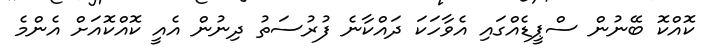
ކޮއްކޮ ބޭނުން ސްޕީޑެއްގައި އެވާހަކަ ދައްކާނެ ފުރުސަތު ދިނުން އެއީ ކޮއްކޮއަށް އެންމެ